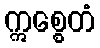
ဣစ္စေတံ